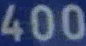
400